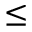
\le